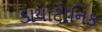
ડાયાટોનિક